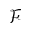
\mathcal { F }